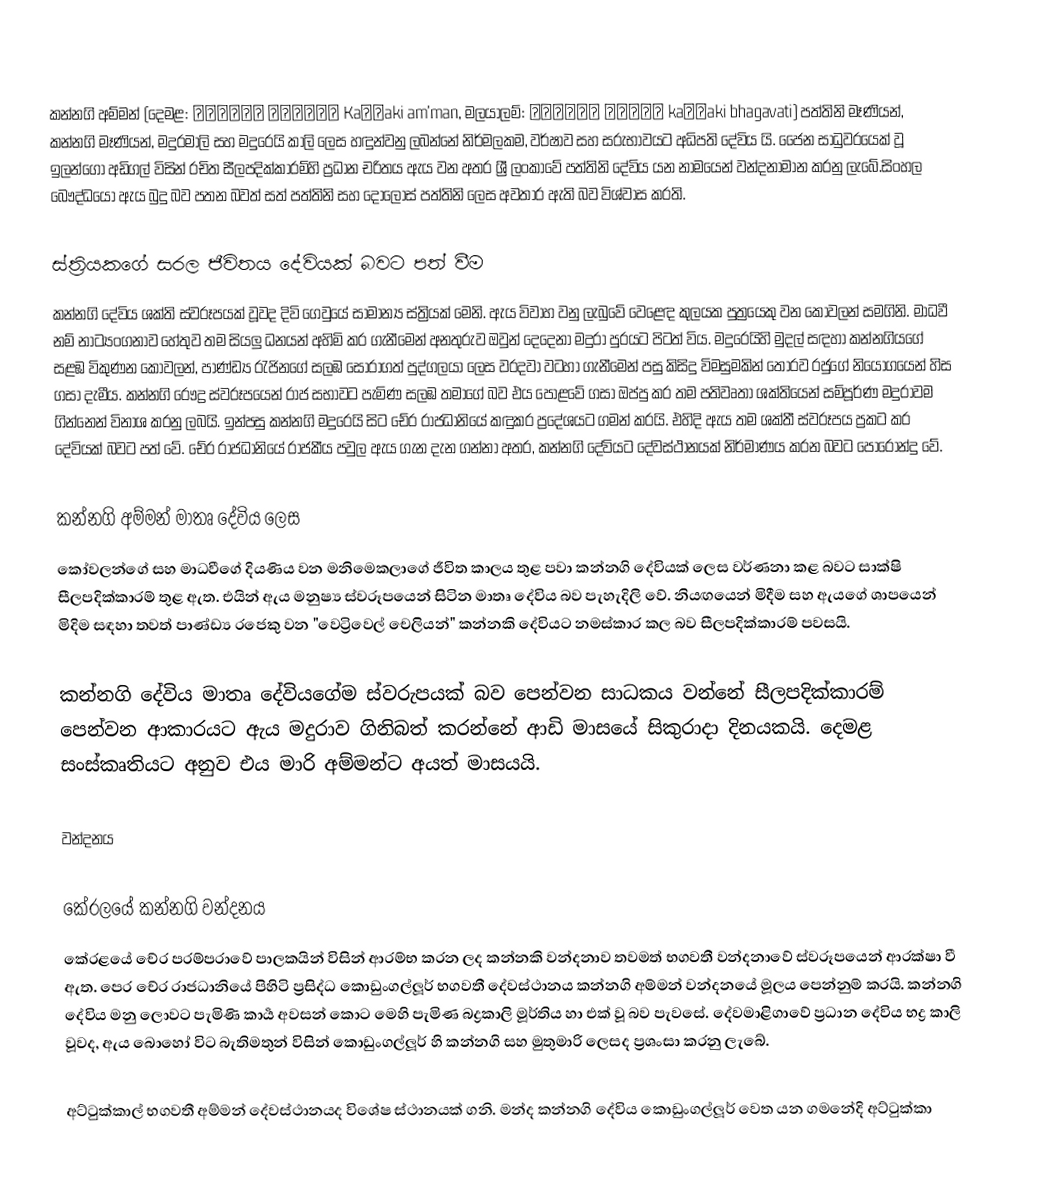
කන්නගි අම්මන් (දෙමළ: கண்ணகி அம்மன் Kaṇṇaki am'man, මලයාලම්: കണ്ണകി ഭഗവതി kaṇṇaki bhagavati) පත්තිනි මෑණියන්, කන්නගි මෑණියන්, මදුරමාලි සහ මදුරෙයි කාලි ලෙස හඳුන්වනු ලබන්නේ නිර්මලකම, වර්ෂාව සහ සරුභාවයට අධිපති දේවිය යි. ජෛන සාධුවරයෙක් වූ ඉලන්ගො අඩිගල් විසින් රචිත සීලපදික්කාරම්හි ප්‍රධාන චරිතය ඇය වන අතර ශ්‍රී ලංකාවේ පත්තිනි දේවිය යන නාමයෙන් වන්දනාමාන කරනු ලැබේ.සිංහල බෞද්ධයෝ ඇය බුදු බව පතන බවත් සත් පත්තිනි සහ දොලොස් පත්තිනි ලෙස අවතාර ඇති බව විශ්වාස කරති.

ස්ත්‍රියකගේ සරල ජීවිතය දේවියක් බවට පත් වීම
කන්නගි දේවිය ශක්ති ස්වරූපයක් වූවද දිවි ගෙවුයේ සාමාන්‍ය ස්ත්‍රියක් මෙනි. ඇය විවාහ වනු ලැබුවේ වෙළෙඳ කුලයක පුත්‍රයෙකු වන කෝවලන් සමගිනි. මාධවී නම් නාට්‍යංගනාව හේතුව තම සියලු ධනයන් අහිමි කර ගැනීමෙන් අනතුරුව ඔවුන් දෙදෙනා මදුරා පුරයට පිටත් විය. මදුරෙයිහි මුදල් සඳහා කන්නගියගේ සළඹ විකුණන කෝවලන්, පාණ්ඩ්‍ය රැජිනගේ සලඹ සොරාගත් පුද්ගලයා ලෙස වරදවා වටහා ගැනීමෙන් පසු කිසිදු විමසුමකින් තොරව රජුගේ නියෝගයෙන් හිස ගසා දැමීය. කන්නගි රෞද්‍ර ස්වරූපයෙන් රාජ සභාවට පැමිණ සලඹ තමාගේ බව එය පොළවේ ගසා ඔප්පු කර තම පතිවෘතා ශක්තියෙන් සම්පූර්ණ මදුරාවම ගින්නෙන් විනාශ කරනු ලබයි. ඉන්පසු කන්නගි මදුරෙයි සිට චේර රාජධානියේ කඳුකර ප්‍රදේශයට ගමන් කරයි. එහිදි ඇය තම ශක්තී ස්වරූපය ප්‍රකට කර දේවියක් බවට පත් වේ. චේර රාජධානියේ රාජකීය පවුල ඇය ගැන දැන ගන්නා අතර, කන්නගි දේවියට දේවස්ථානයක් නිර්මාණය කරන බවට පොරොන්දු වේ.

කන්නගි අම්මන් මාතෘ දේවිය ලෙස
කෝවලන්ගේ සහ මාධවීගේ දියණිය වන මනිමෙකලාගේ ජීවිත කාලය තුළ පවා කන්නගි දේවියක් ලෙස වර්ණනා කළ බවට සාක්ෂි සීලපදික්කාරම් තුළ ඇත. එයින් ඇය මනුෂ්‍ය ස්වරූපයෙන් සිටින මාතෘ දේවිය බව පැහැදිලි වේ. නියඟයෙන් මිදීම සහ ඇයගේ ශාපයෙන් මිදිම සඳහා තවත් පාණ්ඩ්‍ය රජෙකු වන "වෙට්‍රිවෙල් චෙලියන්" කන්නකි දේවියට නමස්කාර කල බව සීලපදික්කාරම් පවසයි.

කන්නගි දේවිය මාතෘ දේවියගේම ස්වරුපයක් බව පෙන්වන සාධකය වන්නේ සීලපදික්කාරම් පෙන්වන ආකාරයට ඇය මදුරාව ගිනිබත් කරන්නේ ආඩි මාසයේ සිකුරාදා දිනයකයි. දෙමළ සංස්කෘතියට අනුව එය මාරි අම්මන්ට අයත් මාසයයි.

වන්දනය

කේරලයේ කන්නගි වන්දනය
කේරළයේ චේර පරම්පරාවේ පාලකයින් විසින් ආරම්භ කරන ලද කන්නකි වන්දනාව තවමත් භගවතී වන්දනාවේ ස්වරූපයෙන් ආරක්ෂා වී ඇත. පෙර චේර රාජධානියේ පිහිටි ප්‍රසිද්ධ කොඩුංගල්ලූර් භගවතී දේවස්ථානය කන්නගි අම්මන් වන්දනයේ මූලය පෙන්නුම් කරයි. කන්නගි දේවිය මනු ලොවට පැමිණි කාර්‍ය අවසන් කොට මෙහි පැමිණ බද්‍රකාලි මූර්තිය හා එක් වූ බව පැවසේ. දේවමාළිගාවේ ප්‍රධාන දේවිය භද්‍ර කාලි වූවද, ඇය බොහෝ විට බැතිමතුන් විසින් කොඩුංගල්ලූර් හි කන්නගි සහ මුතුමාරි ලෙසද ප්‍රශංසා කරනු ලැබේ.

අට්ටුක්කාල් භගවතී අම්මන් දේවස්ථානයද විශේෂ ස්ථානයක් ගනි. මන්ද කන්නගි දේවිය කොඩුංගල්ලූර් වෙත යන ගමනේදි අට්ටුක්කා